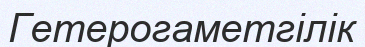
Гетерогаметгілік